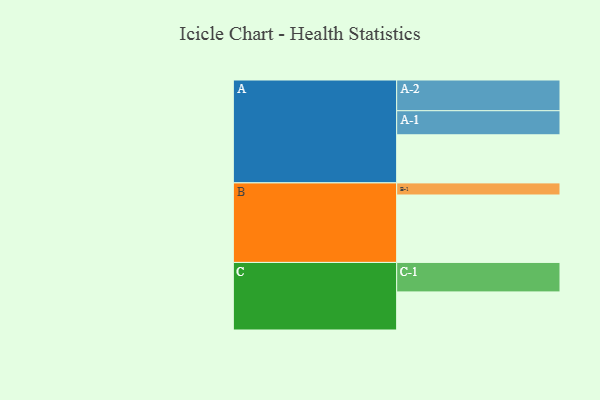
{"axis": {"x": "Segment", "y": "Value"}, "legend": ["", "A", "B", "C"], "data": [{"x": "A", "y": 418, "type": ""}, {"x": "B", "y": 586, "type": ""}, {"x": "C", "y": 331, "type": ""}, {"x": "A-1", "y": 209, "type": "A"}, {"x": "A-2", "y": 267, "type": "A"}, {"x": "B-1", "y": 105, "type": "B"}, {"x": "C-1", "y": 256, "type": "C"}]}